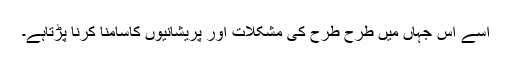
اسے اس جہاں میں طرح طرح کی مشکلات اور پریشانیوں کاسامنا کرنا پڑتاہے۔